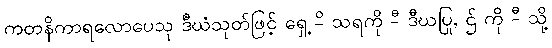
ကတနိကာရလောပေသု ဒီဃံသုတ်ဖြင့် ရှေ့ -ိ သရကို -ီ ဒီဃပြု, ဌ် ကို -ီ သို့